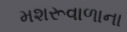
મશરૂવાળાના